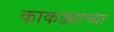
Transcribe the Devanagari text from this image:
काकड्याच्या